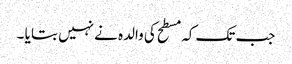
جب تک کہ مسطح کی والدہ نے نہیں بتا یا ۔